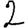
Digit: 2